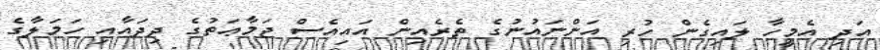
އަދި އެމީހާ ލައިގެން ހުރި އަންނައުނުގެ ތެރެއިން އައިއެސް ޖަމާޢަތުގެ ދިދައާއި ހަމަލާގެ